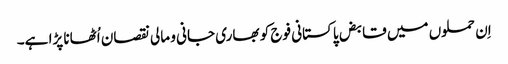
اِن حملوں میں قابض پاکستانی فوج کو بھاری جانی و مالی نقصان اُٹھانا پڑا ہے۔